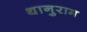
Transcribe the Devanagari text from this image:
थानुराम